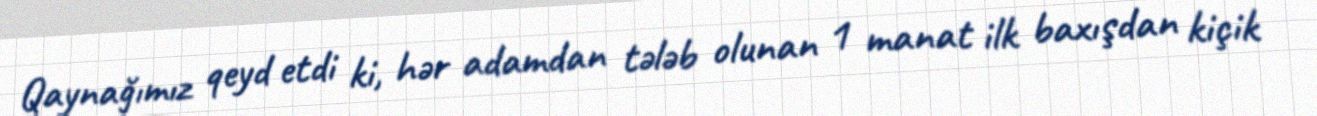
Qaynağımız qeyd etdi ki, hər adamdan tələb olunan 1 manat ilk baxışdan kiçik